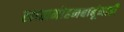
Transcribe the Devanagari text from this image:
लालमोहनबाबूंनाही